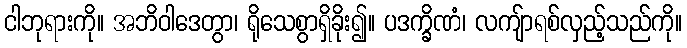
ငါဘုရားကို။ အဘိဝါဒေတွာ၊ ရိုသေစွာရှိခိုး၍။ ပဒက္ခိဏံ၊ လကျ်ာရစ်လှည့်သည်ကို။